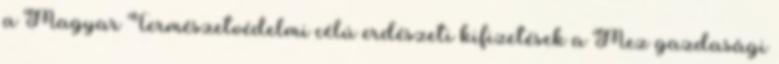
a Magyar Természetvédelmi célú erdészeti kifizetések a Mez gazdasági